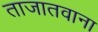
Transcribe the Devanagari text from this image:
ताजातवाना